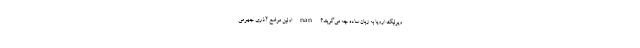
وپرلیگ اروپا به زبان ساده چه می‌گویند؟ nan اولین موضع آذری جهرمی